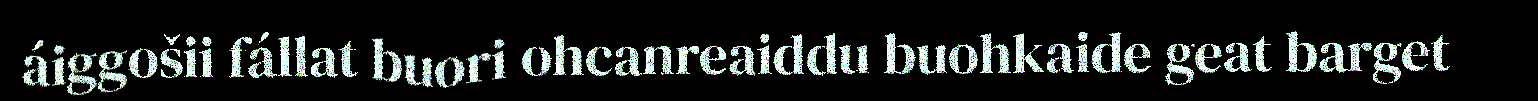
áiggošii fállat buori ohcanreaiddu buohkaide geat barget